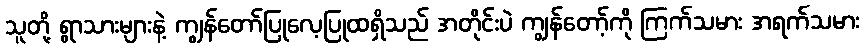
သူတို့ ရွာသားများနဲ့ ကျွန်တော်ပြုလေ့ပြုထရှိသည် အတိုင်းပဲ ကျွန်တော့်ကို ကြက်သမား အရက်သမား